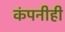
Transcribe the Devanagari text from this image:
कंपनीही